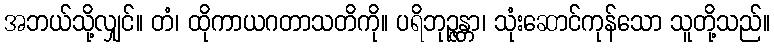
အဘယ်သို့လျှင်။ တံ၊ ထိုကာယဂတာသတိကို။ ပရိဘုဉ္ဇန္တာ၊ သုံးဆောင်ကုန်သော သူတို့သည်။